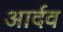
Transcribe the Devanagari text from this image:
आर्दव